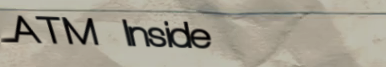
ATM Inside